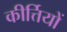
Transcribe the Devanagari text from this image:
कीर्त्तियों